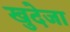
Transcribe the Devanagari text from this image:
खुदेजा